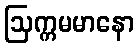
ဩက္ကမမာနော